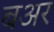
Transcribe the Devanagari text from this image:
बअर